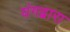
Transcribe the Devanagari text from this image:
यंगद्वारा